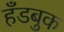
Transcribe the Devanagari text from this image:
हँडबुक